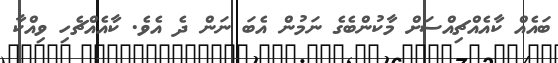
ބައެއް ކާއެއްޗިއްސަށް މާކުންބެގެ ނަމުންް އެބަ ނަން ދެ އެވެ. ކާއެއްޗެހި ވިއްކާ